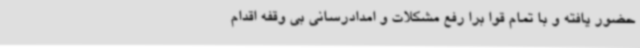
حضور یافته و با تمام قوا برا رفع مشکلات و امدادرسانی بی وقفه اقدام